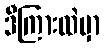
ဒီကြားထဲမှာ